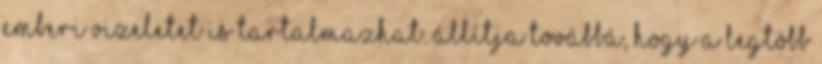
emberi vizeletet is tartalmazhat. Állítja továbbá, hogy a legtöbb